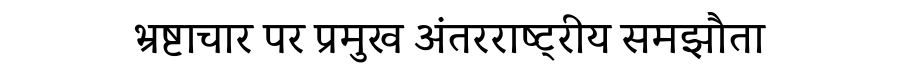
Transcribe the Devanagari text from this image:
भ्रष्टाचार पर प्रमुख अंतरराष्ट्रीय समझौता